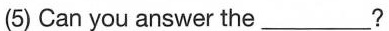
(5) Can you answer the_____ ?